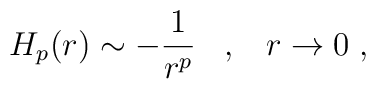
H_{p}(r)\sim -\frac{1}{r^{p}} \;\;\;,\;\;\;r\rightarrow 0 \;,